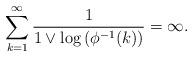
LaTeX: \begin{align*} \sum_{k=1}^\infty \frac{1}{1 \vee \log\left(\phi^{-1}(k)\right)}=\infty.\end{align*}